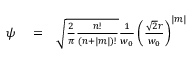
\begin{array} { r l r } { \psi } & { { } = } & { \sqrt { \frac { 2 } { \pi } \frac { n ! } { ( n + | m | ) ! } } \frac { 1 } { w _ { 0 } } \left( \frac { \sqrt { 2 } r } { w _ { 0 } } \right) ^ { | m | } } \end{array}